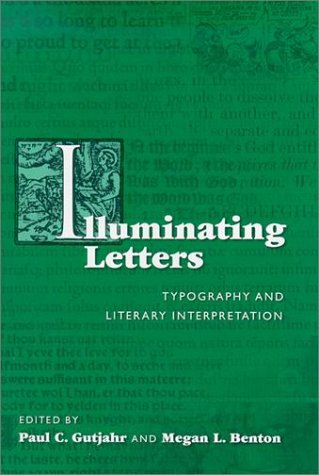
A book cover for Illuminating Letters: Typography and Literary Interpretation (Studies in Print Culture and the History of the Book); Literature & Fiction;